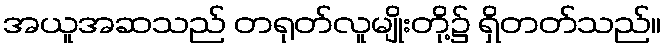
အယူအဆသည် တရုတ်လူမျိုးတို့၌ ရှိတတ်သည်။